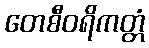
တေစီဝရိကတ္တံ